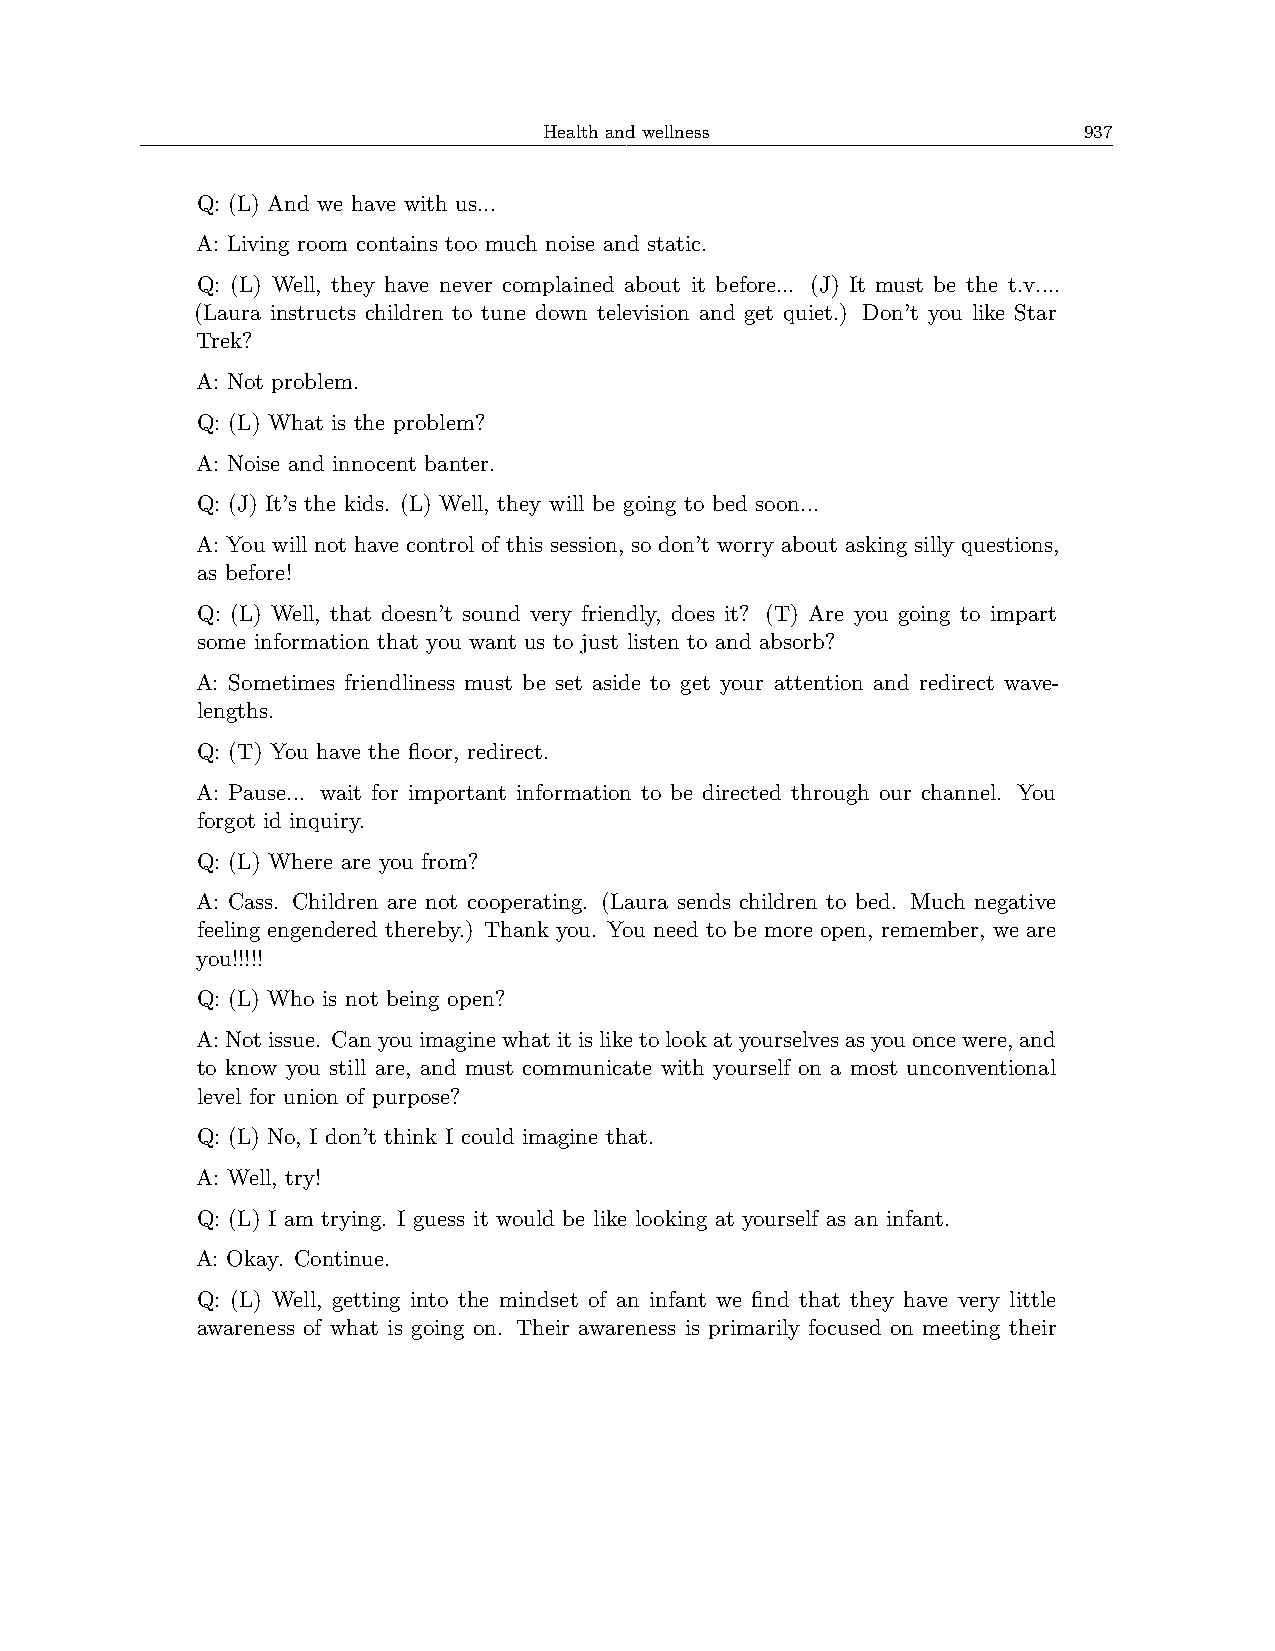
Health and wellness                 937
 Q: (L) And we have with us...
 A: Living room contains too much noise and static.
 Q: (L) Well, they have never complained about it before... (J) It must be the t.v....
 (Laura instructs children to tune down television and get quiet.) Don’t you like Star
 Trek?
 A: Not problem.
 Q: (L) What is the problem?
 A: Noise and innocent banter.
 Q: (J) It’s the kids. (L) Well, they will be going to bed soon...
 A: You will not have control of this session, so don’t worry about asking silly questions,
 as before!
 Q: (L) Well, that doesn’t sound very friendly, does it? (T) Are you going to impart
 some information that you want us to just listen to and absorb?
 A: Sometimes friendliness must be set aside to get your attention and redirect wave-
 lengths.
 Q: (T) You have the floor, redirect.
 A: Pause... wait for important information to be directed through our channel. You
 forgot id inquiry.
 Q: (L) Where are you from?
 A: Cass. Children are not cooperating. (Laura sends children to bed. Much negative
 feeling engendered thereby.) Thank you. You need to be more open, remember, we are
 you!!!!!
 Q: (L) Who is not being open?
 A:Notissue. Canyouimaginewhatitisliketolookatyourselvesasyouoncewere,and
 to know you still are, and must communicate with yourself on a most unconventional
 level for union of purpose?
 Q: (L) No, I don’t think I could imagine that.
 A: Well, try!
 Q: (L) I am trying. I guess it would be like looking at yourself as an infant.
 A: Okay. Continue.
 Q: (L) Well, getting into the mindset of an infant we find that they have very little
 awareness of what is going on. Their awareness is primarily focused on meeting their